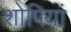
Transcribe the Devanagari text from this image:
शोपियां